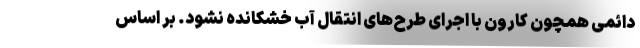
دائمی همچون کارون با اجرای طرح‌های انتقال آب خشکانده نشود. بر اساس